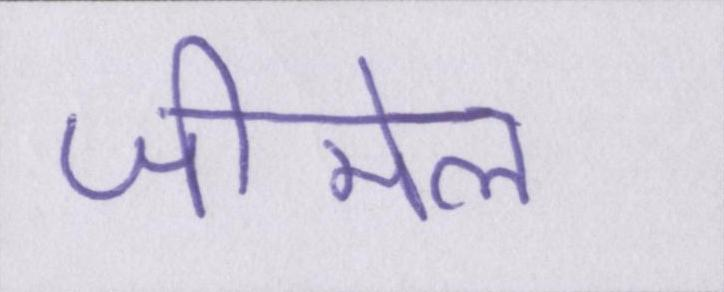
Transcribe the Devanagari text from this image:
जीमेल